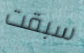
سبقت